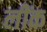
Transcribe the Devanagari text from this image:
लींक